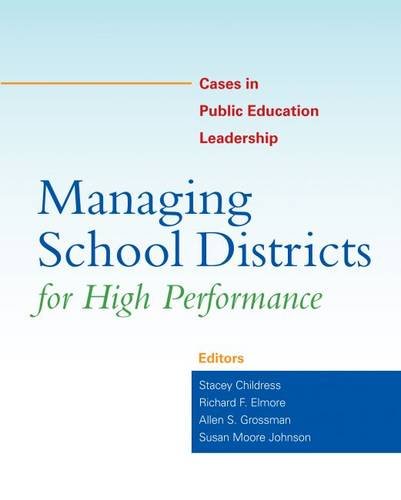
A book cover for Managing School Districts for High Performance: Cases in Public Education Leadership; Education & Teaching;